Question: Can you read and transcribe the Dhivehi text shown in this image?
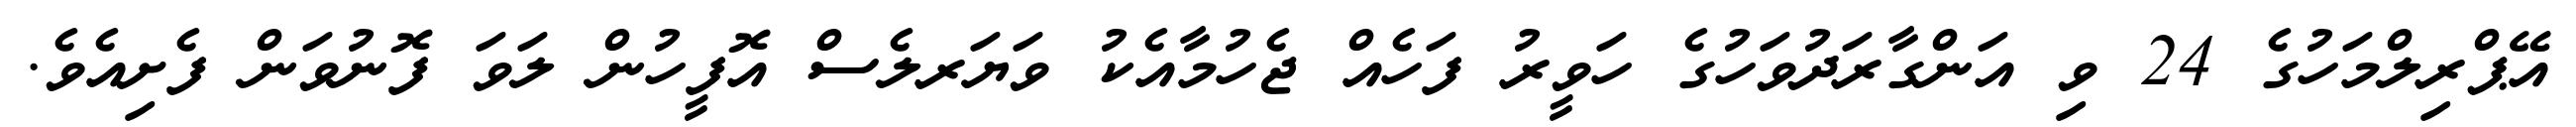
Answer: އޭޕްރިލްމަހުގެ 24 ވި އަންގާރަދުވަހުގެ ހަވީރު ފަހެއް ޖެހުމާއެކު ވަޔަރލެސް އޮފީހުން ލަވަ ފޮނުވަން ފެށިއެވެ.